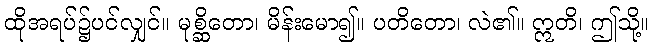
ထိုအရပ်၌ပင်လျှင်။ မုစ္ဆိတော၊ မိန်းမော၍။ ပတိတော၊ လဲ၏။ ဣတိ၊ ဤသို့။